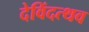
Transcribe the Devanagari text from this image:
देविंदत्थव